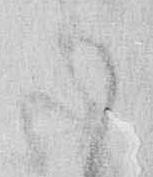
か